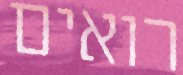
רואים